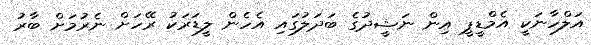
އަލްހާނަކީ އެމްޑީޕީ އިން ނަޝީދުގެ ބަދަލުގައި އެހެން ލީޑަރަކު ރޭހަށް ނެރުމަށް ބާރު